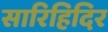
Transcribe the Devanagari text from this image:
सारिहिदिर